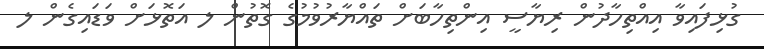
ގުޅިފައިވާ އިއްތިހާދުން ރިޔާސީ އިންތިހާބަށް ތައްޔާރުވުމުގެ ގޮތުން ލ އަތޮޅަށް ވަޑައިގެން ލ